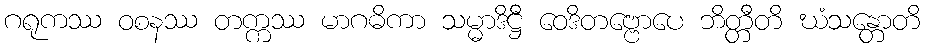
ဂရုကဿ ဝစနဿ တက္ကဿ မာဂဓိကာ သမ္မာဒိဋ္ဌီ ဝေဒိတဗ္ဗောပေ ဘိတ္တီတိ ဃံသန္တောတိ